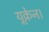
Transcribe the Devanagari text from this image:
यूक्रेन।